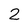
Character: 2